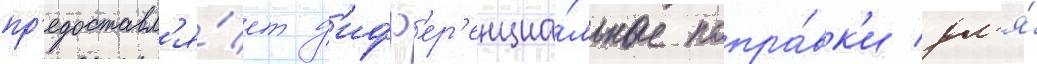
пр'едоставл'я́ет д'ифф'ер'енциа́льные попра́вк'и дл'я́